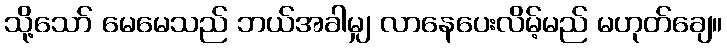
သို့သော် မေမေသည် ဘယ်အခါမျှ လာနေပေးလိမ့်မည် မဟုတ်ချေ။